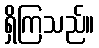
ရှိကြသည်။